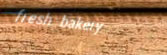
fresh bakery